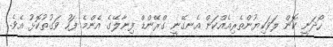
ހޯދަނީ ކޮން ލަވަކިޔުންތެރިއެއްކަން އެނގޭނީ ގްރޭންޑް ފިނާލޭގެ އެންމެ ފަހު ވަގުތުކޮޅު އެވެ.